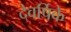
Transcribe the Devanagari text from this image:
देवर्षिके